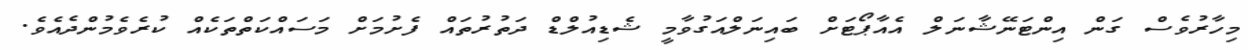
މިހާރުވެސް ގަން އިންޓަނޭޝާނަލް އެއާޕޯޓަށް ބައިނަލްއަގުވާމީ ޝެޑިއުލްޑް ދަތުރުތައް ފެށުމަށް މަސައްކަތްތަކެއް ކުރެވެމުންދެއެވެ.